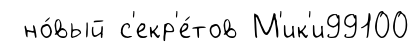
но́вый с'екр'е́тов М'ик'и99100